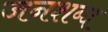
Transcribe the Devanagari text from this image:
जनशब्द